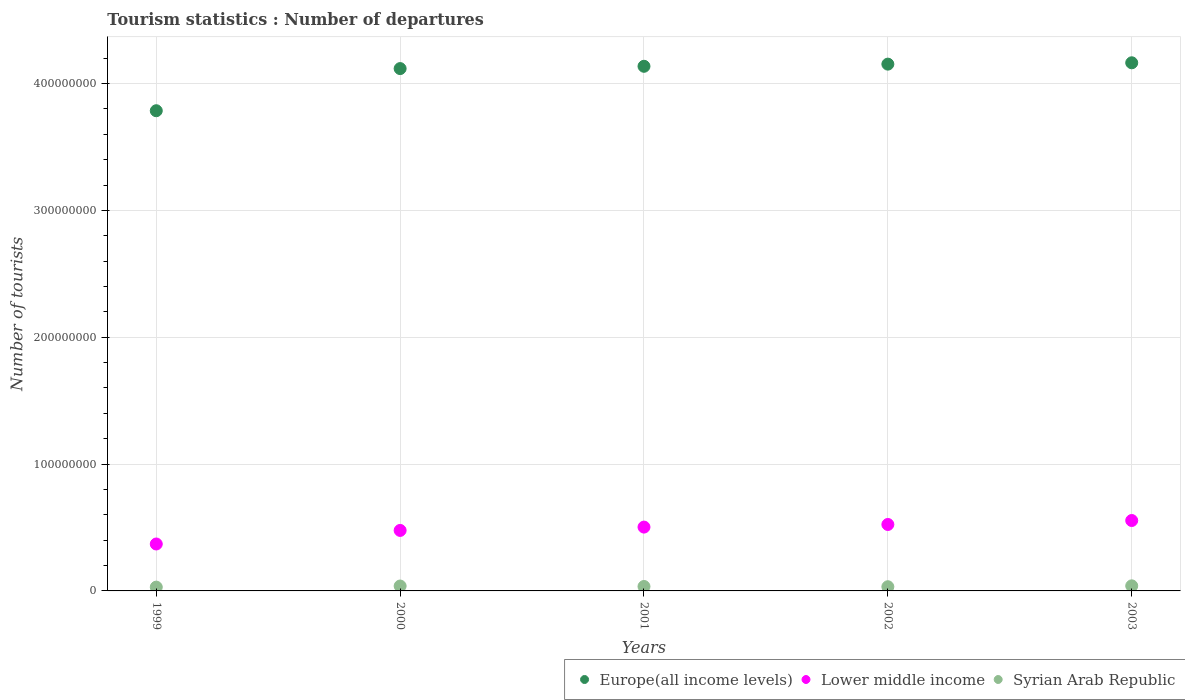
| Years | Europe(all income levels) | Lower middle income | Syrian Arab Republic |
 | --- | --- | --- | --- |
 | 1999 | 3.79e+08 | 3.7e+07 | 2.99e+06 |
 | 2000 | 4.12e+08 | 4.77e+07 | 3.86e+06 |
 | 2001 | 4.14e+08 | 5.03e+07 | 3.49e+06 |
 | 2002 | 4.15e+08 | 5.24e+07 | 3.3e+06 |
 | 2003 | 4.16e+08 | 5.55e+07 | 4e+06 |